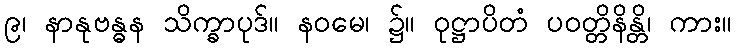
၉၊ နာနုဗန္ဓန သိက္ခာပုဒ်။ နဝမေ၊ ၌။ ဝုဋ္ဌာပိတံ ပဝတ္တိနိန္တိ၊ ကား။